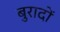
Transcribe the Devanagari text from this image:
बुरादों